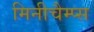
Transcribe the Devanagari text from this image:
मिनीचैम्प्स